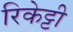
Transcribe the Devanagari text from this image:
रिकेट्टी